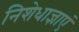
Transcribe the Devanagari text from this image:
निशेधाज्ञाएं